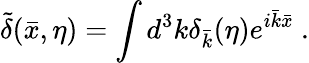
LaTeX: \tilde{\delta}(\bar{x},\eta)=\int d^{3}k\delta_{\bar{k}}(\eta)e^{i\bar{k}\bar{x}}~.